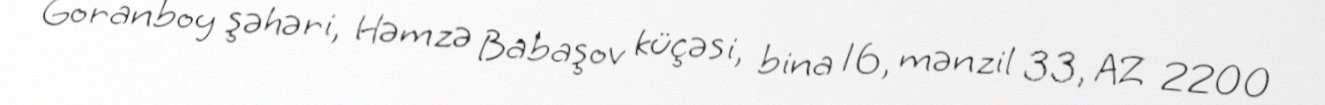
Goranboy şəhəri, Həmzə Babaşov küçəsi, bina 16, mənzil 33, AZ 2200